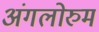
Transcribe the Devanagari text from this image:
अंगलोरुम